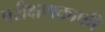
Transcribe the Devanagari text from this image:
परीक्षणकाफी